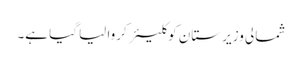
شمالی وزیر ستان کو کلیئر کروا لیا گیا ہے۔